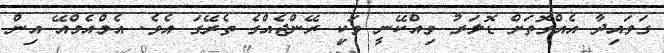
ގަވައިދާ އެއްގޮތަށް ޑޮލަރު ވިއްކޭނީ ވަކި ރޭންޖެއްގެ ތެރޭގަ އެވެ. އެމްއެމްއޭ އިން